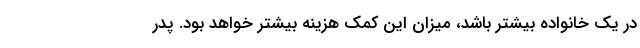
در یک خانواده بیشتر باشد، میزان این کمک هزینه بیشتر خواهد بود. پدر